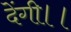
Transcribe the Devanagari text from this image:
देंगी।।